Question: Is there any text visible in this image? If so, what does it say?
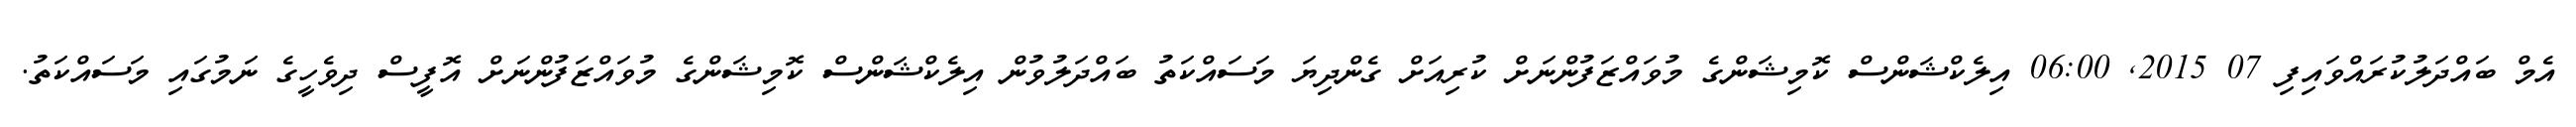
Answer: އެމް ބައްދަލުކުރައްވައިފި 07 2015, 06:00 އިލެކްޝަންސް ކޮމިޝަންގެ މުވައްޒަފުންނަށް ކުރިއަށް ގެންދިޔަ މަސައްކަތު ބައްދަލުވުން އިލެކްޝަންސް ކޮމިޝަންގެ މުވައްޒަފުންނަށް އޮފީސް ދިވެހީގެ ނަމުގައި މަސައްކަތު.